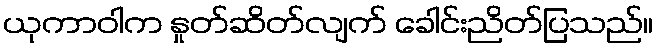
ယုကာဝါက နှုတ်ဆိတ်လျက် ခေါင်းညိတ်ပြသည်။